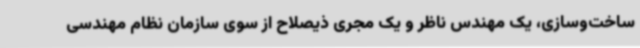
ساخت‌وسازی، یک مهندس ناظر و یک مجری ذیصلاح از سوی سازمان نظام مهندسی